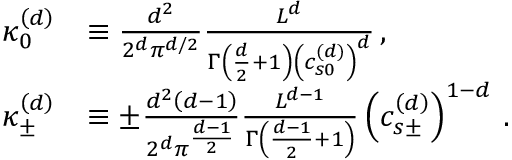
\begin{array} { r l } { \kappa _ { 0 } ^ { \left( d \right) } } & { \equiv \frac { d ^ { 2 } } { 2 ^ { d } \pi ^ { d / 2 } } \frac { L ^ { d } } { \Gamma \left( \frac { d } { 2 } + 1 \right) \left( c _ { s 0 } ^ { \left( d \right) } \right) ^ { d } } \, , } \\ { \kappa _ { \pm } ^ { \left( d \right) } } & { \equiv \pm \frac { d ^ { 2 } \left( d - 1 \right) } { 2 ^ { d } \pi ^ { \frac { d - 1 } { 2 } } } \frac { L ^ { d - 1 } } { \Gamma \left( \frac { d - 1 } { 2 } + 1 \right) } \left( c _ { s \pm } ^ { \left( d \right) } \right) ^ { 1 - d } \, . } \end{array}